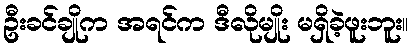
ဦးခင်ချိုက အရင်က ဒီလိုမျိုး မရှိခဲ့ဖူးဘူး။